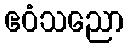
ဧဝံသညော